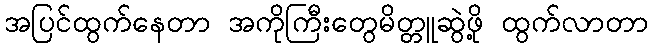
အပြင်ထွက်နေတာ အကိုကြီးတွေမိတ္တူဆွဲဖို့ ထွက်လာတာ